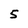
Character: 5